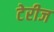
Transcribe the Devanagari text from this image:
टेरीज